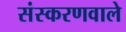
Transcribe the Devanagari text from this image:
संस्करणवाले